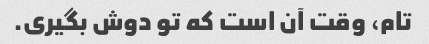
تام، وقت آن است که تو دوش بگیری.